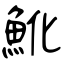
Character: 魤